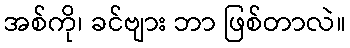
အစ်ကို၊ ခင်ဗျား ဘာ ဖြစ်တာလဲ။